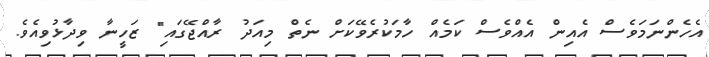
އެހެންނަމަވެސް އެއިން އެއްވެސް ކަމެއް ހާމަކުރެވޭކަށް ނެތް މިއަދު ރާއްޖޭގައި" ޒަހީނާ ވިދާޅުވިއެވެ.